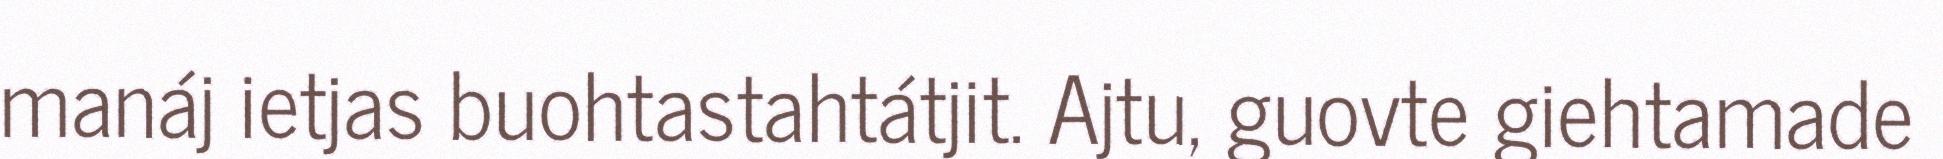
manáj ietjas buohtastahtátjit. Ajtu, guovte giehtamade